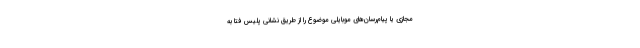
‌مجازی یا پیام‌رسان‌های‌ موبایلی موضوع را از طریق نشانی پلیس فتا به